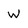
Character: W